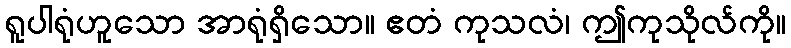
ရူပါရုံဟူသော အာရုံရှိသော။ ဧတံ ကုသလံ၊ ဤကုသိုလ်ကို။